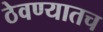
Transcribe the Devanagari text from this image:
ठेवण्यातच